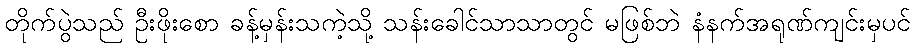
တိုက်ပွဲသည် ဦးဖိုးစော ခန့်မှန်းသကဲ့သို့ သန်းခေါင်သာသာတွင် မဖြစ်ဘဲ နံနက်အရုဏ်ကျင်းမှပင်